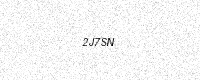
Text: 2J7SN